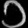
Digit: ၁